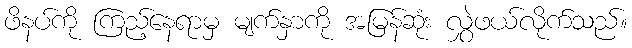
ဖိနပ်ကို ကြည့်နေရာမှ မျက်နှာကို အမြန်ဆုံး လွှဲဖယ်လိုက်သည်။